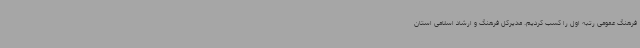
فرهنگ عمومی رتبه اول را کسب کردیم. مدیرکل فرهنگ و ارشاد اسلامی استان